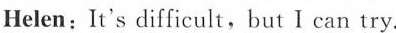
Helen:It's difficult,but I can try.